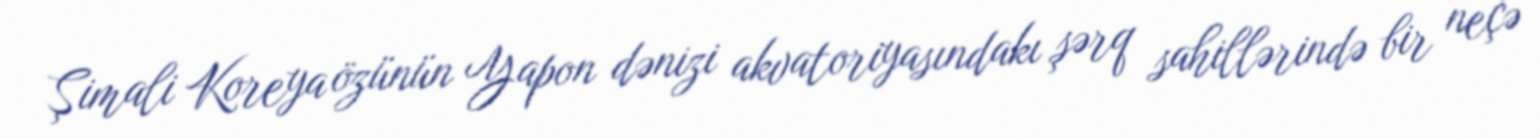
Şimali Koreya özünün Yapon dənizi akvatoriyasındakı şərq sahillərində bir neçə